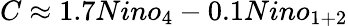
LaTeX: C\approx 1.7Nino_{4}-0.1Nino_{1+2}